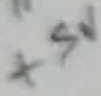
Text: +5V